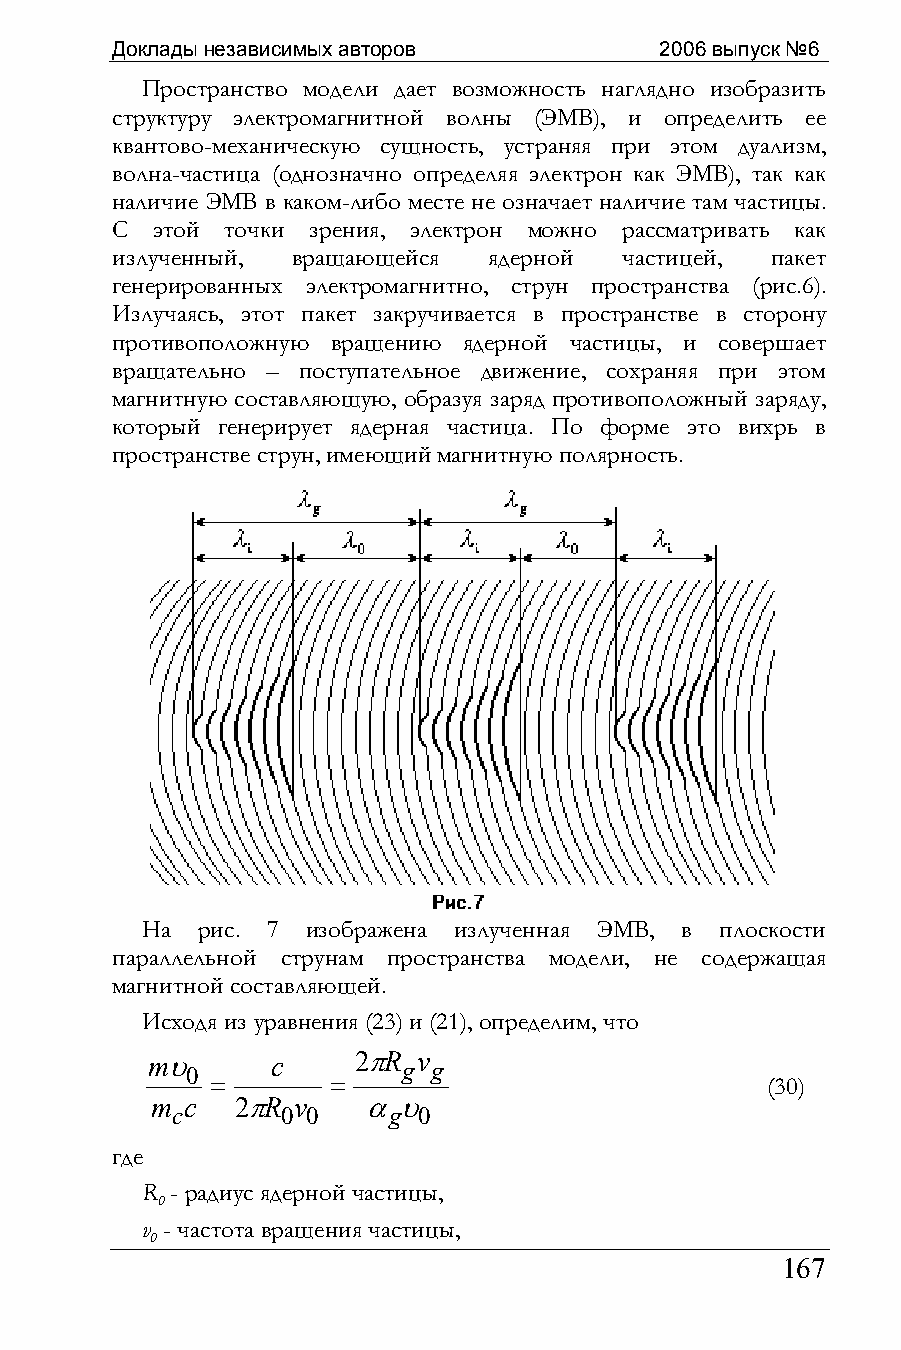
Доклады независимых авторов          2006 выпуск №6
 Пространство модели дает возможность наглядно изобразить
 структуру электромагнитной волны (ЭМВ), и определить ее
 квантово-механическую сущность, устраняя при этом дуализм,
 волна-частица (однозначно определяя электрон как ЭМВ), так как
 наличие ЭМВ в каком-либо месте не означает наличие там частицы.
 С  этой точки зрения, электрон можно рассматривать как
 излученный, вращающейся  ядерной  частицей, пакет
 генерированных электромагнитно, струн пространства (рис.6).
 Излучаясь, этот пакет закручивается в пространстве в сторону
 противоположную вращению ядерной частицы, и совершает
 вращательно – поступательное движение, сохраняя при этом
 магнитную составляющую, образуя заряд противоположный заряду,
 который генерирует ядерная частица. По форме это вихрь в
 пространстве струн, имеющий магнитную полярность.
 На  рис. 7 изображена излученная ЭМВ, в плоскости
 параллельной струнам пространства модели, не содержащая
 магнитной составляющей.
 Исходя из уравнения (23) и (21), определим, что
 mυ 0    c     2πR gv g
 =       =                            (30)
 m c   2πR v   αυ
 c       0 0    g 0
 где
 R - радиус ядерной частицы,
 0
 v - частота вращения частицы,
 0
 167